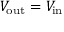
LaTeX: V _ { \mathrm { o u t } } = V _ { \mathrm { i n } }